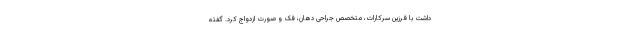
داشت با فرزین سرکارات، متخصص جراحی دهان، فک و صورت ازدواج کرد. گفته